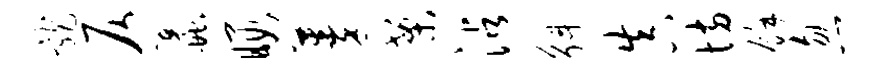
龙仄蠡暇蓁案沾斛真坊余忽